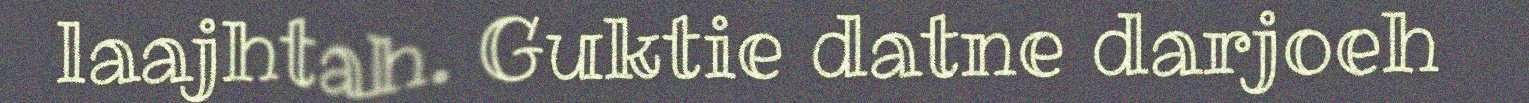
laajhtah. Guktie datne darjoeh